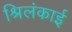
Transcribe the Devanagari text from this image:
श्रिलंकाई